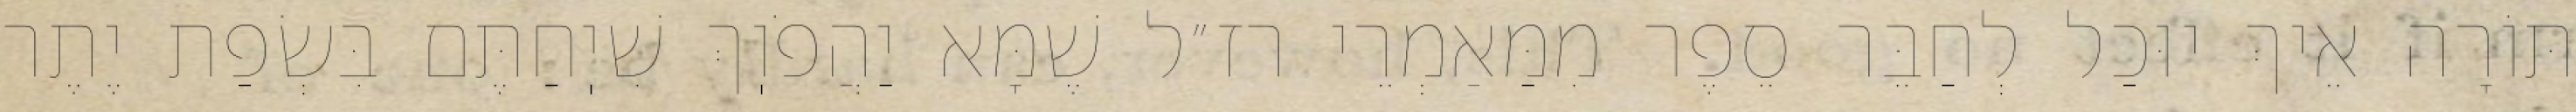
תּוֹרָה אֵיךְ יוּכַל לְחַבֵּר סֵפֶר מִמַּאַמְרֵי רז״ל שֶׁמָּא יַהֲפֹוֽךְ שִׁיֽחַתֶּם בִּשְׂפַת יֶתֶר